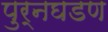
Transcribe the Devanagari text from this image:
पुर्नघडण